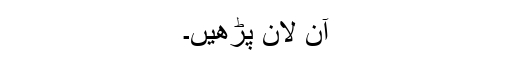
آن لانٔ پڑھیں۔